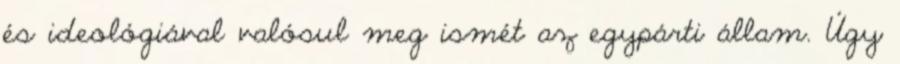
és ideológiával valósul meg ismét az egypárti állam. Úgy